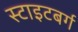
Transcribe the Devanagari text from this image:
स्टाइटबर्ग